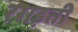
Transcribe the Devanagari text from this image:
रगड़ती